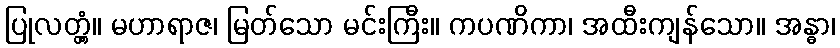
ပြုလတ္တံ့။ မဟာရာဇ၊ မြတ်သော မင်းကြီး။ ကပဏိကာ၊ အထီးကျန်သော။ အန္ဓာ၊